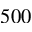
5 0 0